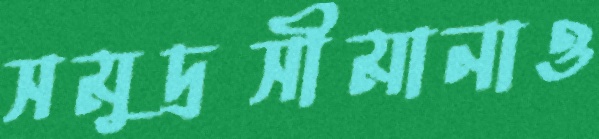
সমুদ্রসীমানাও